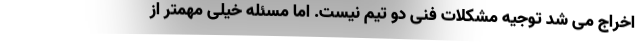
اخراج می شد توجیه مشکلات فنی دو تیم نیست. اما مسئله خیلی مهمتر از